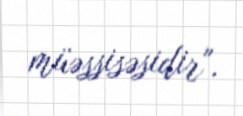
müəssisəsidir".